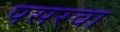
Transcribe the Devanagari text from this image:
पसरवा